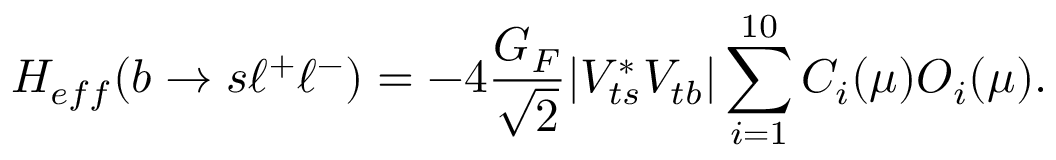
{ \cal H } _ { e f f } ( b \to s \ell ^ { + } \ell ^ { - } ) = - 4 \frac { G _ { F } } { \sqrt { 2 } } | V _ { t s } ^ { * } V _ { t b } | \sum _ { i = 1 } ^ { 1 0 } C _ { i } ( \mu ) O _ { i } ( \mu ) .